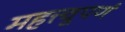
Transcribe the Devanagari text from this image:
महत्त्वूपर्ण